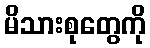
မိသားစုတွေကို